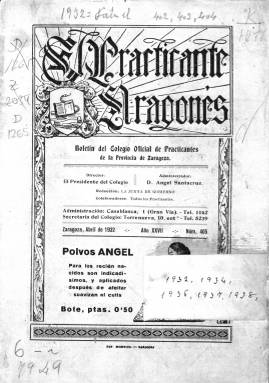
Título: El Practicante aragonés
Colección: Medicina
Ámbito geográfico: Zaragoza
Lugar de publicación: Zaragoza
Fechas: 01/04/1932-30/06/1938

Se trata de un boletín profesional de periodicidad mensual editado por el Colegio Oficial de Practicantes de la Provincia de Zaragoza. Comenzó a editarse con ese nombre en 1907, aunque La Biblioteca Nacional de España solo posee números a partir de 1932 y hasta el año 1938, cuando probablemente dejó de publicarse a causa de la Guerra Civil. El boletín fue precedido por una publicación titulada El Practicante que había iniciado su andadura en 1884.

  Además de recibirlo gratuitamente, en el boletín colaboraban todos los colegiados que quisieran hacerlo. Contaba con 30 o 40 páginas de media por número en su última etapa, aunque había entregas que alcanzaban las 100 páginas. Su contenido, como es lógico en una publicación profesional, se centraba en la promoción y defensa de estos auxiliares de los médicos, con noticias y disposiciones oficiales que les afectaban directamente.

    En la portada de cada número figuraba un sumario que recogía los temas tratados. En algunas de las entregas pueden verse colaboraciones literarias además de los asuntos propiamente de índole profesional y de normativa sanitaria. Las elecciones de la junta de gobierno del Colegio Oficial, así como la información sobre sus miembros, siempre ocupaban un lugar destacado.

 Los practicantes, identificados durante gran parte del siglo XX con los profesionales encargados de poner las inyecciones que prescribían los médicos, eran responsables de otras funciones como operaciones de cirugía menor, curas y administración de medicinas. Estas labores junto con las de las comadronas y enfermeras, acabaron fundiéndose en la titulación de Ayudante Técnico Sanitario (ATS) a partir de la década de 1950.

  La revista incluía un buen número de anuncios de productos sanitarios y de higiene, así como de laboratorios y profesionales. Aunque en poca proporción en relación con los textos, también había fotografías y otras ilustraciones que hacían más atractiva la lectura del boletín.

[Descripción publicada el 1/12/2022]